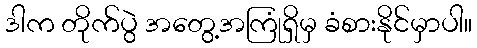
ဒါက တိုက်ပွဲ အတွေ့အကြုံရှိမှ ခံစားနိုင်မှာပါ။